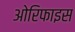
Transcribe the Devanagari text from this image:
ओरिफाइस